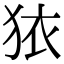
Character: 𭸈